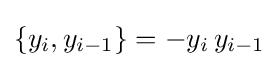
\{y_{i},y_{i-1}\}=-y_{i}\,y_{i-1}